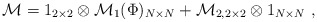
\begin{align*}\mathcal{M}=1_{2\times 2}\otimes \mathcal{M}_1(\Phi)_{N\times N}+\mathcal{M}_{2,2\times 2}\otimes 1_{N\times N} \ ,\end{align*}